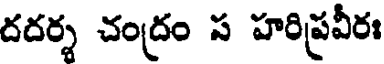
దదర్శ చంద్రం స హరిప్రవీరః